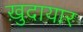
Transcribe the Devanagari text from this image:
ख़ुदायार